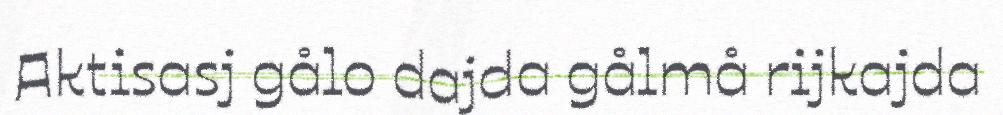
Aktisasj gålo dajda gålmå rijkajda